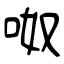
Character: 呶